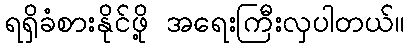
ရရှိခံစားနိုင်ဖို့ အရေးကြီးလှပါတယ်။